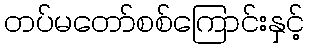
တပ်မတော်စစ်ကြောင်းနှင့်